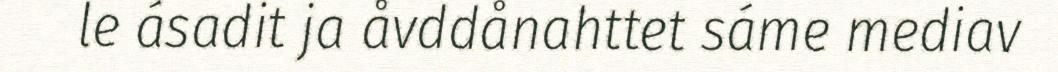
le ásadit ja åvddånahttet sáme mediav